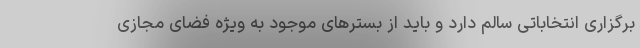
برگزاری انتخاباتی سالم دارد و باید از بسترهای موجود به ویژه فضای مجازی